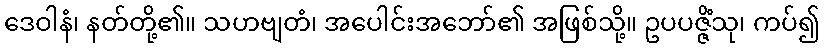
ဒေဝါနံ၊ နတ်တို့၏။ သဟဗျတံ၊ အပေါင်းအဘော်၏ အဖြစ်သို့။ ဥပပဇ္ဇိံသု၊ ကပ်၍